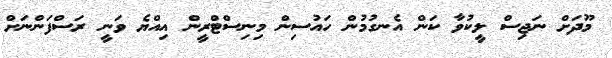
މޫދަށް ނަޖިސް ލީކުވާ ކަން އެނގުމުން ހައުސިން މިނިސްޓްރީން އިއްޔެ ވަނީ ރަސްފަންނަށް